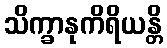
သိက္ခာနုကိရိယန္တိ